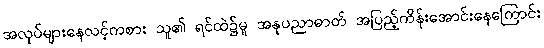
အလုပ်များနေလင့်ကစား သူ၏ ရင်ထဲ၌မူ အနုပညာဓာတ် အပြည့်ကိန်းအောင်းနေကြောင်း